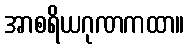
အာစရိယဂုဏကထာ။